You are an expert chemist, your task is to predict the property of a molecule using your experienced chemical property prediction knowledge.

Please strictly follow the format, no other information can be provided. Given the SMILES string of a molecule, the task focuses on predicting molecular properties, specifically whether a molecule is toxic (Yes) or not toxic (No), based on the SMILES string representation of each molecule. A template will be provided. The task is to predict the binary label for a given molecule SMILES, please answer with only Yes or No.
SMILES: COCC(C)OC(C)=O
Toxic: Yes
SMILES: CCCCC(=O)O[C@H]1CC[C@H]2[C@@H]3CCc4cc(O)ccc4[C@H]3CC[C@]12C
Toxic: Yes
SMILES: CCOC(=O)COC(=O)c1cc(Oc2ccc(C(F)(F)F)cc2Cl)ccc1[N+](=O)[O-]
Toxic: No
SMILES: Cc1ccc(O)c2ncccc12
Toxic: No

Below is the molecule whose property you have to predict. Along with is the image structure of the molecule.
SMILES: CN=C=S
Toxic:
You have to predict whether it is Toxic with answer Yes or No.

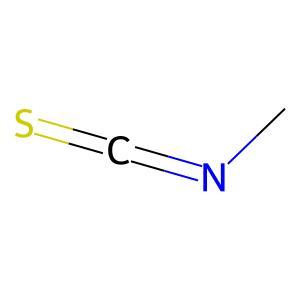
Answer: No